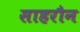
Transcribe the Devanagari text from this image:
साहरौन